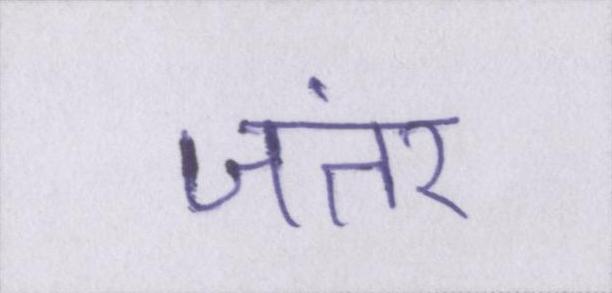
जंतर